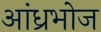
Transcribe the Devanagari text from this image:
आंध्रभोज